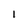
Character: 1